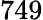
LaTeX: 749